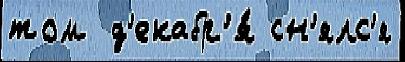
том  д'екабр'я́ сн'ялс'я